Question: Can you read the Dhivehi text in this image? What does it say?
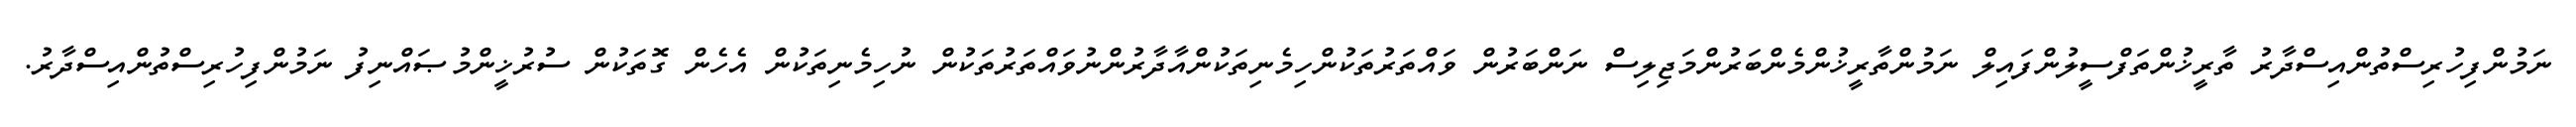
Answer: ނަމުންފިހުރިސްތުންއިސްދާރު ތާރީޚުންތަފްސީލުންފައިލް ނަމުންތާރީޚުންމެންބަރުންމަޖިލިސް ނަންބަރުން ވައްތަރުތަކުންހިމެނިތަކުންއާދާރުންނުވައްތަރުތަކުން ނުހިމެނިތަކުން އެހެން ގޮތަކުން ސުރުޚީންމުޞައްނިފު ނަމުންފިހުރިސްތުންއިސްދާރު.